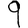
Digit: 9